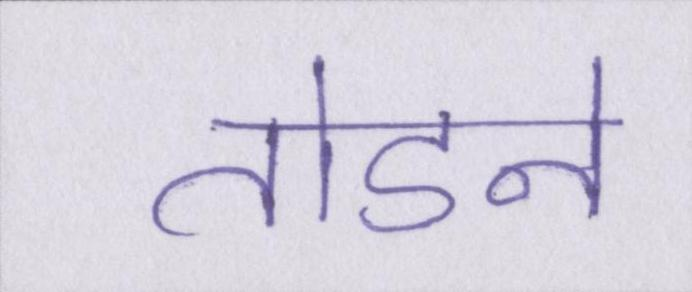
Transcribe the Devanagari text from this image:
तोडने